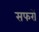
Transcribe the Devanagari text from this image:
सफरों